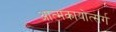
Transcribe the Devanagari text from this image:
आत्मकायोत्सर्ग